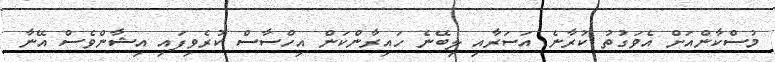
މުސްކާންއަށް އެވަގުތު ކުރާނެ އަސަރާއި ލިބޭނެ ހައިރާންކަން އިހްސާސް ކުރެވިފައި އިޝާންވެސް އޭނާ